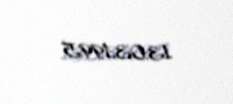
13.03.1995